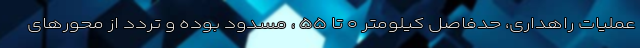
عملیات راهداری، حدفاصل کیلومتر ۰ تا ۵۵ ، مسدود بوده و تردد از محورهای